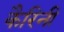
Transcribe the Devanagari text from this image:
कैरिनी